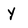
Character: Y